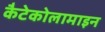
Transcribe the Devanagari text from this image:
कैटेकोलामाइन